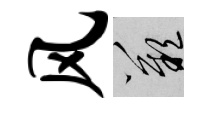
风嘆